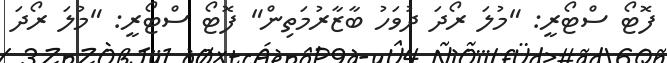
ފޮޓޯ ސްޓޯރީ: "މުލަ ރޯދަ ދުވަހު ބާޒާރުމަތިން" ފޮޓޯ ސްޓޯރީ: "މުލަ ރޯދަ